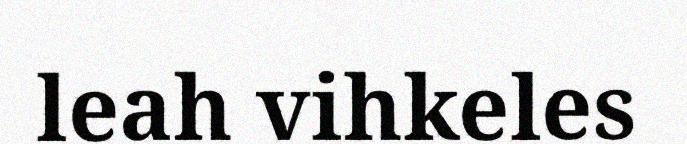
leah vihkeles